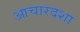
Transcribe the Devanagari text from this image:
आचारदशा